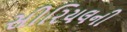
સીરિયલની